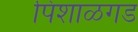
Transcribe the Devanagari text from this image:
पिशाळगड